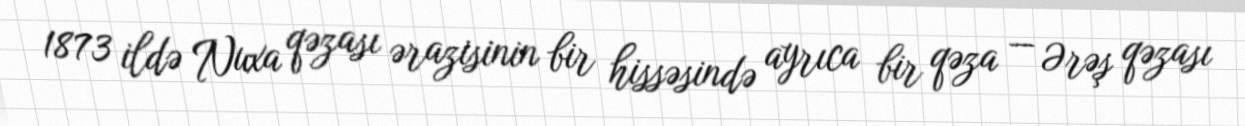
1873 ildə Nuxa qəzası ərazisinin bir hissəsində ayrıca bir qəza — Ərəş qəzası